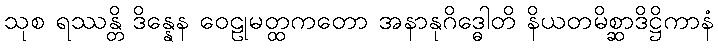
သုစ ရဿန္တိ ဒိန္နေန ဝေဠုမတ္ထကတော အနာနုဂိဒ္ဓေါတိ နိယတမိစ္ဆာဒိဋ္ဌိကာနံ